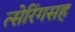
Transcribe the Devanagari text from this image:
त्सेरिंगसह